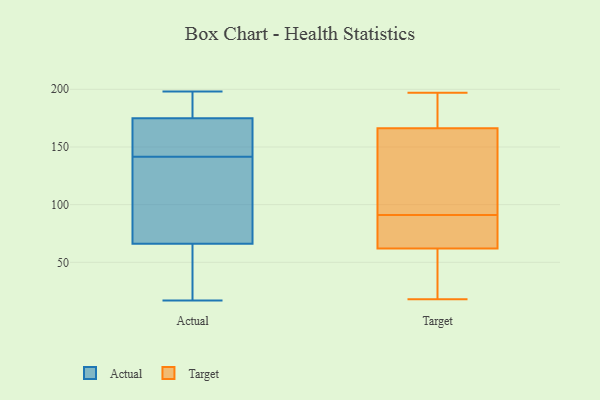
{"axis": {"x": "Backlog", "y": "Value"}, "legend": ["Actual", "Target"], "data": [{"x": "", "y": 90, "type": "Actual"}, {"x": "", "y": 162, "type": "Actual"}, {"x": "", "y": 175, "type": "Actual"}, {"x": "", "y": 41, "type": "Actual"}, {"x": "", "y": 125, "type": "Actual"}, {"x": "", "y": 17, "type": "Actual"}, {"x": "", "y": 105, "type": "Actual"}, {"x": "", "y": 152, "type": "Actual"}, {"x": "", "y": 196, "type": "Actual"}, {"x": "", "y": 138, "type": "Actual"}, {"x": "", "y": 46, "type": "Actual"}, {"x": "", "y": 66, "type": "Actual"}, {"x": "", "y": 194, "type": "Actual"}, {"x": "", "y": 25, "type": "Actual"}, {"x": "", "y": 181, "type": "Actual"}, {"x": "", "y": 198, "type": "Actual"}, {"x": "", "y": 145, "type": "Actual"}, {"x": "", "y": 145, "type": "Actual"}, {"x": "", "y": 18, "type": "Target"}, {"x": "", "y": 18, "type": "Target"}, {"x": "", "y": 101, "type": "Target"}, {"x": "", "y": 91, "type": "Target"}, {"x": "", "y": 100, "type": "Target"}, {"x": "", "y": 175, "type": "Target"}, {"x": "", "y": 184, "type": "Target"}, {"x": "", "y": 149, "type": "Target"}, {"x": "", "y": 84, "type": "Target"}, {"x": "", "y": 76, "type": "Target"}, {"x": "", "y": 66, "type": "Target"}, {"x": "", "y": 172, "type": "Target"}, {"x": "", "y": 191, "type": "Target"}, {"x": "", "y": 106, "type": "Target"}, {"x": "", "y": 62, "type": "Target"}, {"x": "", "y": 197, "type": "Target"}, {"x": "", "y": 62, "type": "Target"}, {"x": "", "y": 19, "type": "Target"}, {"x": "", "y": 41, "type": "Target"}]}